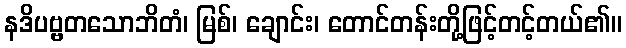
နဒိပဗ္ဗတသောဘိတံ၊ မြစ်၊ ချောင်း၊ တောင်တန်းတို့ဖြင့်တင့်တယ်၏။